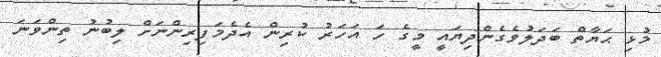
މުޅި ޙަޔާތް ބަދަލުވެގެންދިޔައީ މީގެ ހަ އަހަރު ކުރިން އެދެމަފިރިންނަށް ލިބުނު ތިންވަނަ